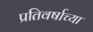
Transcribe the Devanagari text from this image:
प्रतिवर्षाच्या